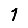
Digit: 1